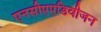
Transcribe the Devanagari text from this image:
एनसीएएडिवीजन